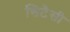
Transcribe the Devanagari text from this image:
सिटैसी